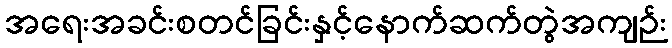
အရေးအခင်းစတင်ခြင်းနှင့်နောက်ဆက်တွဲအကျဉ်း